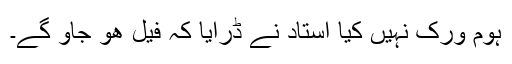
ہوم ورک نہیں کیا استاد نے ڈرایا کہ فیل ھو جاو گے۔